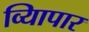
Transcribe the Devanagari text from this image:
व्यािपार